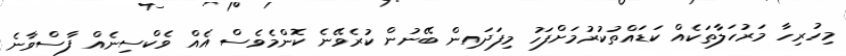
މިހުރިހާ މަރުހަލާތަކެއް ކަޑައްތުކުރުމަށްފަހު މިފަދައިން ބޭނުން ކުރެވޭނެ ކޮންމެވެސް އެއް ވެކްސިނެއް ފާސްވާނެ